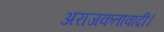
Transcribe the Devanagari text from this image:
अराजकतावादी।